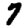
Digit: 7